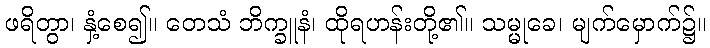
ဖရိတွာ၊ နှံ့စေ၍။ တေသံ ဘိက္ခူနံ၊ ထိုရဟန်းတို့၏။ သမ္မုခေ၊ မျက်မှောက်၌။